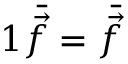
1 \bar { \vec { f } } = \bar { \vec { f } }